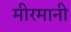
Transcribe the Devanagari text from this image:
मीरमानी